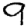
Digit: 9